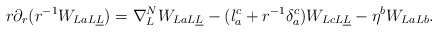
\begin{align*}r\partial_r(r^{-1}W_{LaL\underline L})=\nabla^N_L W_{LaL\underline L}-(l_a^c+r^{-1}\delta_a^c)W_{LcL\underline L}-\eta^bW_{LaLb}.\end{align*}